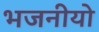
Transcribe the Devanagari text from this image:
भजनीयो